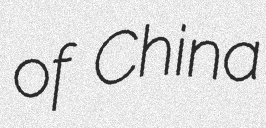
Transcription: of China